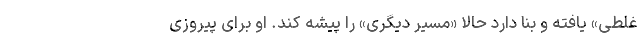
غلطی» یافته و بنا دارد حالا «مسیر دیگری» را پیشه کند. او برای پیروزی